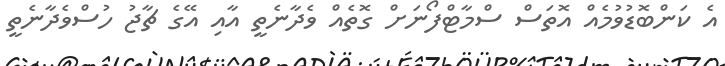
އެ ކަންބޮޑުވުމެއް އޮތަސް ސްމާޓްފޯނަށް ގޮތެއް ވެދާނެތީ އާއި އޭގެ ޗާޖު ހުސްވެދާނެތީ